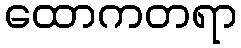
ထောကတရာ